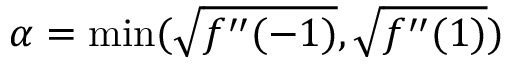
\alpha = \operatorname* { m i n } ( \sqrt { f ^ { \prime \prime } ( - 1 ) } , \sqrt { f ^ { \prime \prime } ( 1 ) } )